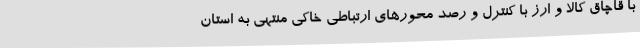
با قاچاق کالا و ارز با کنترل و رصد محورهای ارتباطی خاکی منتهی به استان